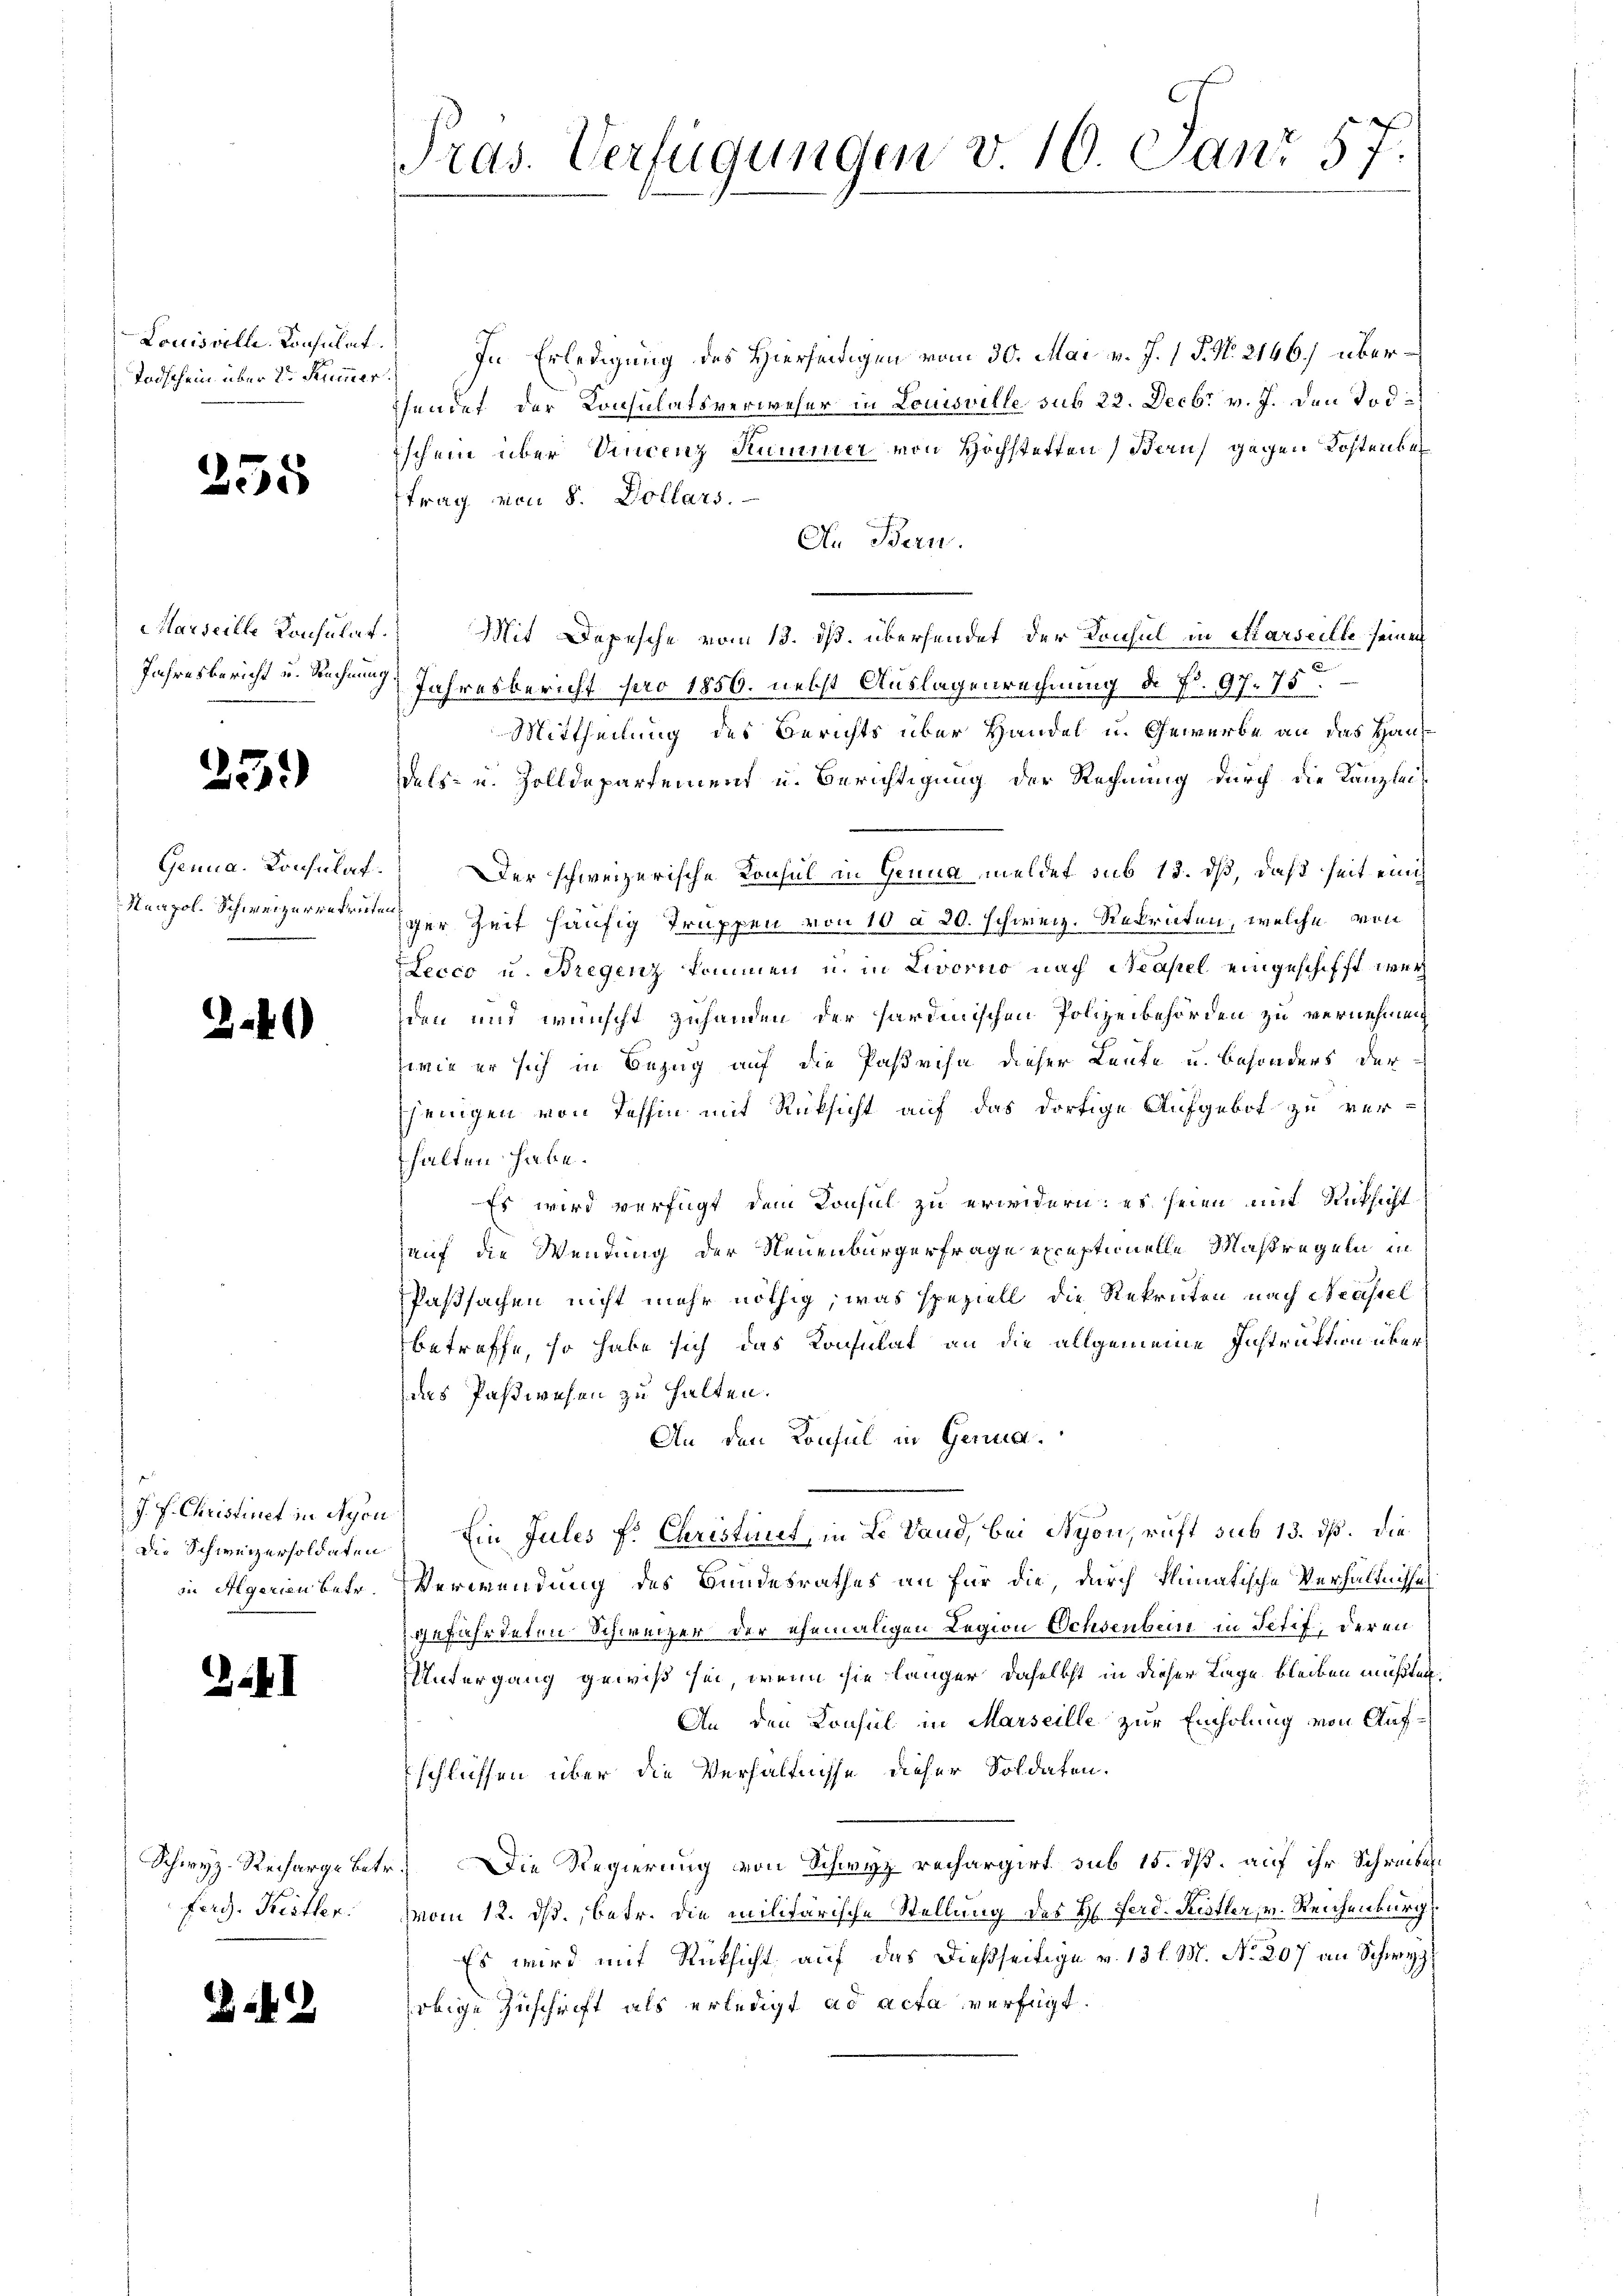
Todschein über 2ten Kummer

255

23.

3.40

J. P. Christinet in Nyon
Die Schweizersoldaten

4I

Schwyz-Recharge Betr.
ferg. Kestler.

.4

Tras. Verfügungen v. 10. Janr 57.

Louisville Consulat. In Erledigung des Hierseitigen vom 30. Mai v. J. 1 P. Nr. 2146) übersendet der Konsulatsverweser in Louisville sub 22. Decbr v. J. den Tod
ischein über Vincenz Kummer von Hochstetten Baus gegen Kostenber
trag von 8. Dollars.
An Bern.
Marseille Consulat. Mit Depesche vom 13. ds. übersendet der Konsul in Marseille seinen
Jahresbericht u. Rechnung Jahresbericht pro 1856. nebst Auslagenrechnung d. fr. 97. 75
Mittheilung des Berichts über Handel u. Gewerbe an dies Hausdels- u. Zolldepartement u. Berichtigung der Rechnung durch die Kanzlei¬
Genna. Konsulat. Der schweizerische Konsul in Genua meldet sub 15. dß, daß seit einig
Neapol. Schweizerwehrer Zeit häufig Truppen von 10 à 20. schweiz. Rekruten, welche von
Lecco u. Bregenz kommen u. in Livorcio nach Neapel eingeschifft werden und wünscht zuhanden der sardinischen Polizeibehörden zu vernehmen
wie er sich in Bezug auf die Parisa dieser Leute u. besonders der
sjenigen von Tessin mit Rücksicht auf das dortige Aufgebot zu ver-
halten habe.
Es wird verfügt dem Konsul zu erwidern: es seien mit Rücksicht
auf die Wendung der Neuenburgerfrage exceptionelle Maßregeln in
Paßsachen nicht mehr nöthig, was speziell die Rekruten nach Neassel
betreffe, so habe sich das Konsulat an die allgemeine Instruktion überdas Paßwesen zu halten.
An den Konsul in Genua¬
Ein Julis f. Christint, in L. Sand, bei Syon, ruft sub 13. dß. Die
in Algerien betr. Verwendung des Bundesrathes an für die, durch klimatische Verhältnisses
gefährdeten Schweizer der ehemaligen Legion Schenbein in Petif, deren
UUntergang gewiß sei, wenn sie länger daselbst in dieser Lage bleiben müßten.
An den Consul in Marseille zur Einholung von Auf¬
Eschlüssen über die Verhältnisse dieser Soldaten.
Die Regierung von Schwyz rechargirt sub 15. dß. auf ihr Schreiben
Vom 12. ds., betr. die militärische Stellung des H. Ferd. Restler, v. Reichenburg
Es wird mit Rücksicht auf das dießseitige v. 13 l. M. No. 207 an Schwyz
obige Zuschrift als erledigt ad acta verfügt: